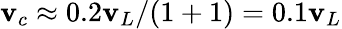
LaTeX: \mathbf{v}_{c}\approx0.2\mathbf{v}_{L}/(1+1)=0.1\mathbf{v}_{L}